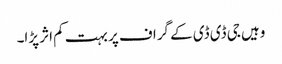
وہیں جی ڈی ڈی کے گراف پر بہت کم اثر پڑا۔